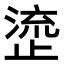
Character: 𬈰